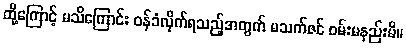
ထို့ကြောင့် မသိကြောင်း ဝန်ခံလိုက်ရသည့်အတွက် မသက်ဇင် ဝမ်းမနည်းမိ။